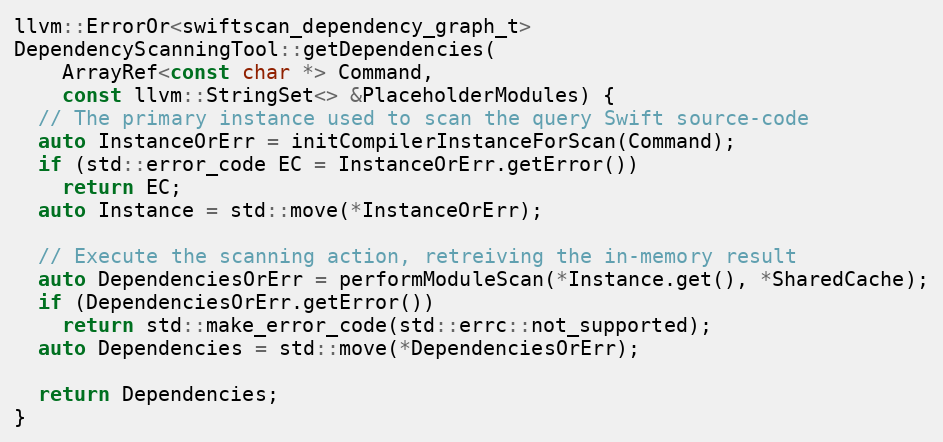
Language: C++
llvm::ErrorOr<swiftscan_dependency_graph_t>
DependencyScanningTool::getDependencies(
    ArrayRef<const char *> Command,
    const llvm::StringSet<> &PlaceholderModules) {
  // The primary instance used to scan the query Swift source-code
  auto InstanceOrErr = initCompilerInstanceForScan(Command);
  if (std::error_code EC = InstanceOrErr.getError())
    return EC;
  auto Instance = std::move(*InstanceOrErr);

  // Execute the scanning action, retreiving the in-memory result
  auto DependenciesOrErr = performModuleScan(*Instance.get(), *SharedCache);
  if (DependenciesOrErr.getError())
    return std::make_error_code(std::errc::not_supported);
  auto Dependencies = std::move(*DependenciesOrErr);

  return Dependencies;
}